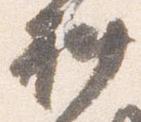
料